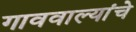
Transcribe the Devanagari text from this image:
गाववाल्यांचे